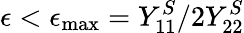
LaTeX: \epsilon<\epsilon_{\mathrm{max}}=Y_{11}^{S}/2Y_{22}^{S}